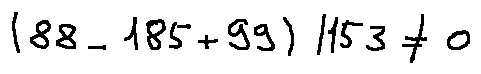
( 8 8 - 1 8 5 + 9 9 ) / 1 5 3 \neq 0